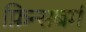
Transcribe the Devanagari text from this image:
फ़िन्सबर्ग